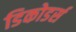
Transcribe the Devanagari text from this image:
डिकोडर्स